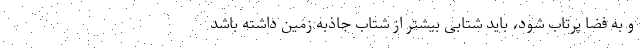
و به فضا پرتاب شود، باید شتابی بیشتر از شتاب جاذبه زمین داشته باشد